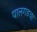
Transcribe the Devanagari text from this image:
पालगडचा